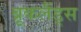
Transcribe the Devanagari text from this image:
ब्रूकलैंड्स